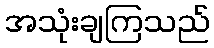
အသုံးချကြသည်